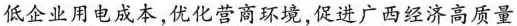
低企业用电成本，优化营商环境，促进广西经济高质量